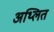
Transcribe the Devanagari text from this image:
अथ्लित